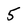
Character: 5